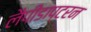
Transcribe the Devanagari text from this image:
लैपीडाप्टरन